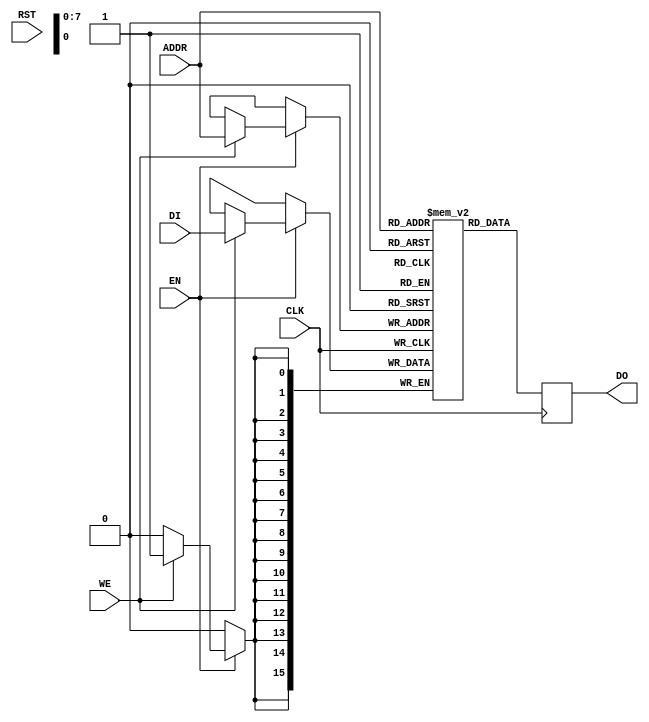
// RAMB4K_S16.v
// 256 x 16 block RAM for Altera
// Adapted from MIPS RAMB4_S1 Xilinx RAM

//
//	RAMB4_S1: Generic xilinx RAM model
//
//	$Id: \$
//	mips_repository_id: RAMB4_S1.v, v 3.3 
//


//	mips_start_of_legal_notice
//	***************************************************************************
//	Unpublished work (c) MIPS Technologies, Inc.  All rights reserved. 
//	Unpublished rights reserved under the copyright laws of the United States
//	of America and other countries.
//	
//	MIPS TECHNOLOGIES PROPRIETARY / RESTRICTED CONFIDENTIAL - HEIGHTENED
//	STANDARD OF CARE REQUIRED AS PER CONTRACT
//	
//	This code is confidential and proprietary to MIPS Technologies, Inc. ("MIPS
//	Technologies") and may be disclosed only as permitted in writing by MIPS
//	Technologies.  Any copying, reproducing, modifying, use or disclosure of
//	this code (in whole or in part) that is not expressly permitted in writing
//	by MIPS Technologies is strictly prohibited.  At a minimum, this code is
//	protected under trade secret, unfair competition and copyright laws. 
//	Violations thereof may result in criminal penalties and fines.
//	
//	MIPS Technologies reserves the right to change the code to improve
//	function, design or otherwise.	MIPS Technologies does not assume any
//	liability arising out of the application or use of this code, or of any
//	error or omission in such code.  Any warranties, whether express,
//	statutory, implied or otherwise, including but not limited to the implied
//	warranties of merchantability or fitness for a particular purpose, are
//	excluded.  Except as expressly provided in any written license agreement
//	from MIPS Technologies, the furnishing of this code does not give recipient
//	any license to any intellectual property rights, including any patent
//	rights, that cover this code.
//	
//	This code shall not be exported, reexported, transferred, or released,
//	directly or indirectly, in violation of the law of any country or
//	international law, regulation, treaty, Executive Order, statute, amendments
//	or supplements thereto.  Should a conflict arise regarding the export,
//	reexport, transfer, or release of this code, the laws of the United States
//	of America shall be the governing law.
//	
//	This code may only be disclosed to the United States government
//	("Government"), or to Government users, with prior written consent from
//	MIPS Technologies.  This code constitutes one or more of the following:
//	commercial computer software, commercial computer software documentation or
//	other commercial items.  If the user of this code, or any related
//	documentation of any kind, including related technical data or manuals, is
//	an agency, department, or other entity of the Government, the use,
//	duplication, reproduction, release, modification, disclosure, or transfer
//	of this code, or any related documentation of any kind, is restricted in
//	accordance with Federal Acquisition Regulation 12.212 for civilian agencies
//	and Defense Federal Acquisition Regulation Supplement 227.7202 for military
//	agencies.  The use of this code by the Government is further restricted in
//	accordance with the terms of the license agreement(s) and/or applicable
//	contract terms and conditions covering this code from MIPS Technologies.
//	
//	
//	
//	***************************************************************************
//	mips_end_of_legal_notice
//

`timescale 100ps/1ps
module RAMB4K_S16(WE, EN, RST, CLK, ADDR, DI, DO);
    input		WE;
    input		EN;
    input		RST;
    input		CLK;
    input	 [7:0]	ADDR;
    input	  [15:0]	DI;
    output	  [15:0]	DO;

    reg		  [15:0]	mem[0:255];
    reg		  [15:0]	DO;

    always @(posedge CLK) begin
      DO <= #1 mem[ADDR];
      if (EN)
        begin
	       if (WE)
	        mem[ADDR] <=#1  DI;
        end
    end
endmodule